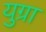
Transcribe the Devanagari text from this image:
युग्रा